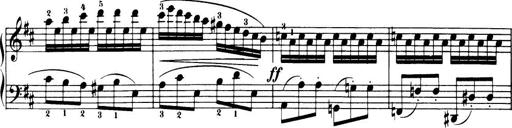
Title: 32 Sonatinas and Rondos for the Piano
Composer: Richard Kleinmichel